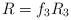
LaTeX: \begin{align*}R=f_3R_3\end{align*}